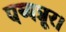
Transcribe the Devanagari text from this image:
पय्यन्नूर।